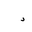
Letter: _dal